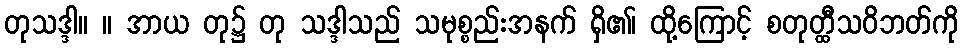
တုသဒ္ဒါ။ ။ အာယ တု၌ တု သဒ္ဒါသည် သမုစ္စည်းအနက် ရှိ၏၊ ထို့ကြောင့် စတုတ္ထီသဝိဘတ်ကို